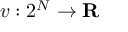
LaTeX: v : 2 ^ { N } \to \mathbf { R }